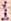
1